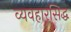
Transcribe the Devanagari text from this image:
व्यवहारसिद्ध